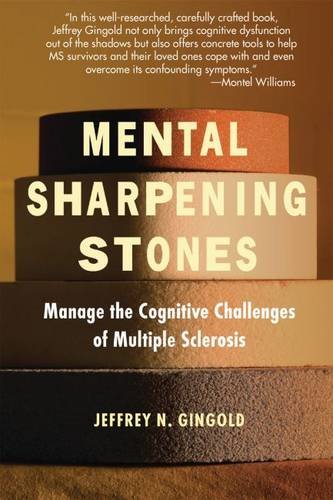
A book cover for Mental Sharpening Stones; Jeffrey N. Gingold; Health, Fitness & Dieting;